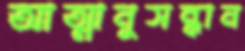
আত্মানুসন্ধান